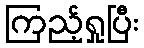
ကြည့်ရှုပြီး